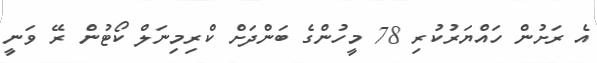
އެ ރަށުން ހައްޔަރުކުރި 78 މީހުންގެ ބަންދަށް ކްރިމިނަލް ކޯޓުން ރޭ ވަނީ